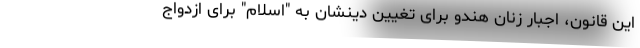
این قانون، اجبار زنان هندو برای تغیین دینشان به "اسلام" برای ازدواج